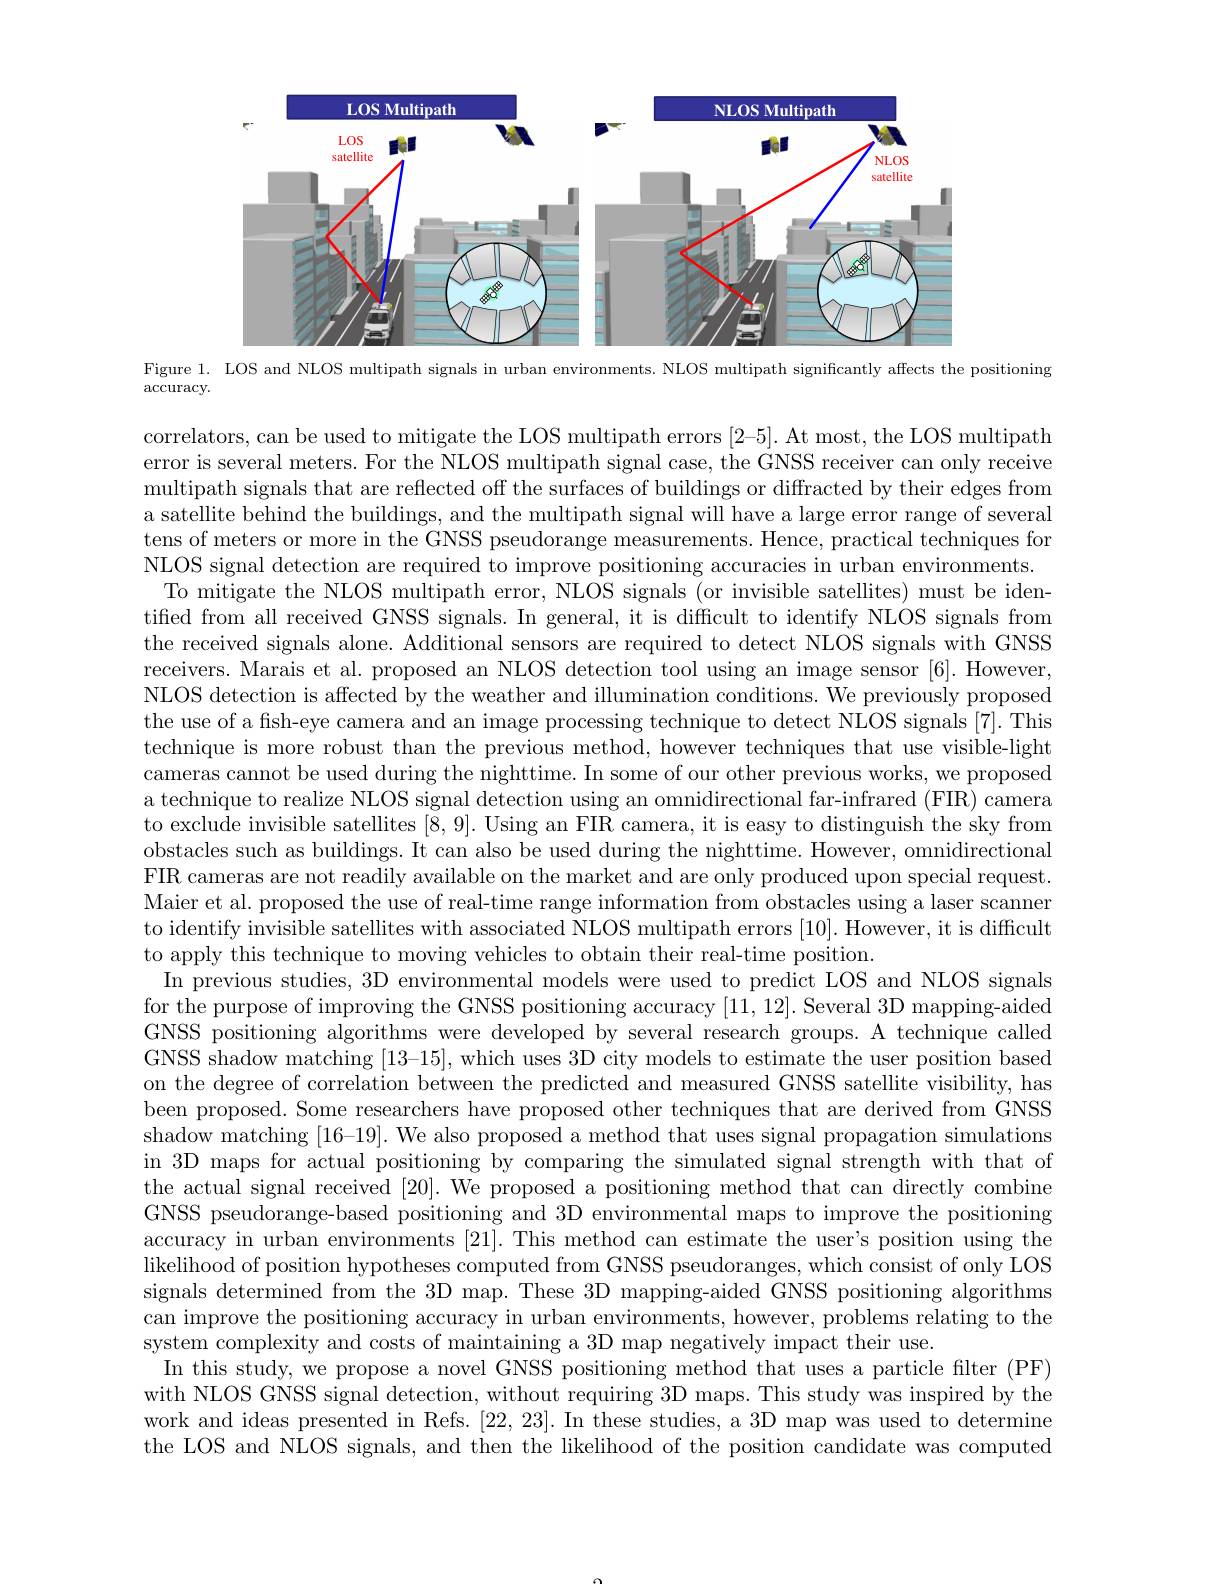
<FigureHere>
Figure 1. LOS and NLOS multipath signals in urban environments. NLOS multipath significantly affects the positioning

$\arccos$racy.

correlators, can be used to mitigate the LOS multipath errors [2-5]. At most, the LOS multipath error is several meters. For the NLOS multipath signal case, the GNSS receiver can only receive multipath signals that are reflected off the surfaces of buildings or diffracted by their edges from $\hat{\text{a satellite behind the buildings, and the multipath signal will have a large error range of several}}$ tens of meters or more in the GNSS pseudorange measurements. Hence, practical techniques for NLOS signal detection are required to improve positioning accuracies in urban environments.
To mitigate the NLOS multipath error, NLOS signals (or invisible satellites) must be identified from all received GNSS signals. In general, it is difficult to identify NLOS signals from the received signals alone. Additional sensors are required to detect NLOS signals with GNSS receivers. Marais et al. proposed an NLOS detection tool using an image sensor [6]. However, NLOS detection is affected by the weather and illumination conditions. We previously proposed the use of a fish-eye camera and an image processing technique to detect NLOS signals [7]. This technique is more robust than the previous method, however techniques that use visible-light cameras cannot be used during the nighttime. In some of our other previous works, we proposed a technique to realize NLOS signal detection using an omnidirectional far-infrared (FIR) camera to exclude invisible satellites $[\bar{8},9].$ Using an FIR camera, it is easy to distinguish the sky from obstacles such as buildings. It can also be used during the nighttime. However, omnidirectional FIR cameras are not readily available on the market and are only produced upon special request. Maier et al. proposed the use of real-time range information from obstacles using a laser scanner to identify invisible satellites with associated NLOS multipath errors [10]. However, it is difficult to apply this technique to moving vehicles to obtain their real-time position.
In previous studies, 3D environmental models were used to predict LOS and NLOS signals for the purpose of improving the GNSS positioning accuracy [11,12]. Several 3D mapping-aided GNSS positioning algorithms were developed by several research groups. A technique called GNSS shadow matching $[13–15]$, which uses 3D city models to estimate the user position based on the degree of correlation between the predicted and measured GNSS satellite visibility, has been proposed. Some researchers have proposed other techniques that are derived from GNSS shadow matching [16-19]. We also proposed a method that uses signal propagation simulations in 3D maps for actual positioning by comparing the simulated signal strength with that of the actual signal received [20]. We proposed a positioning method that can directly combine GNSS pseudorange-based positioning and 3D environmental maps to improve the positioning accuracy in urban environments [21]. This method can estimate the user's position using the likelihood of position hypotheses computed from GNSS pseudoranges, which consist of only LOS signals determined from the 3D map. These 3D mapping-aided GNSS positioning algorithms can improve the positioning accuracy in urban environments, however, problems relating to the system complexity and costs of maintaining a 3D map negatively impact their use.
In this study, we propose a novel GNSS positioning method that uses a particle filter (PF) with NLOS GNSS signal detection, without requiring 3D maps. This study was inspired by the work and ideas presented in Refs. [22,23]. In these studies, a 3D map was used to determine the LOS and NLOS signals, and then the likelihood of the position candidate was computed